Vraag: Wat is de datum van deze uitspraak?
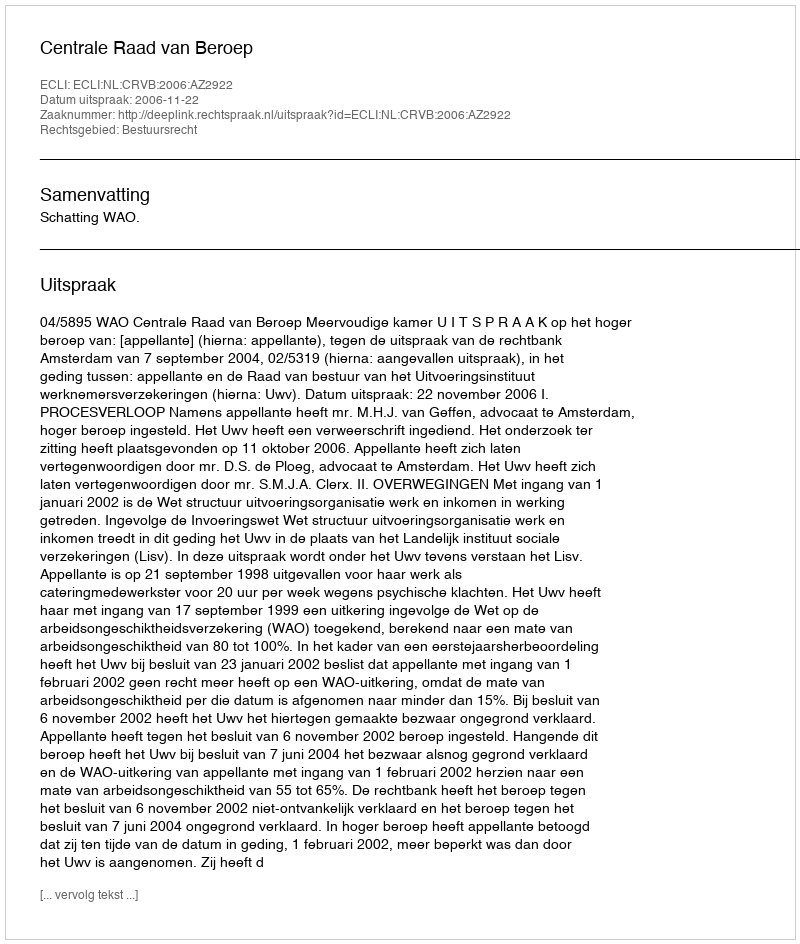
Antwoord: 2006-11-22